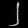
Digit: ၂